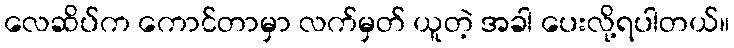
လေဆိပ်က ကောင်တာမှာ လက်မှတ် ယူတဲ့ အခါ ပေးလို့ရပါတယ်။